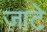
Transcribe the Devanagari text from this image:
ज़ाटे